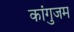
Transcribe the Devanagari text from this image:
कांगुजम